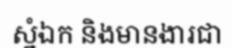
ស្នំឯក និងមានងារជា